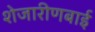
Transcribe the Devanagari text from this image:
शेजारीणबाई